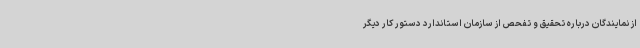
از نمایندگان درباره تحقیق و تفحص از سازمان استاندارد دستور کار دیگر